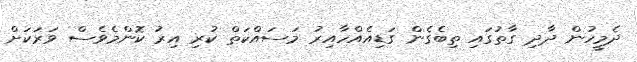
ދެމީހުން ދާދި ގާތުގައި ތިބެގެން ގަޑިއެއްހާއިރު މަސައްކަތް ކުރި އިރު ކޮންމެވެސް ވަރަކަށް